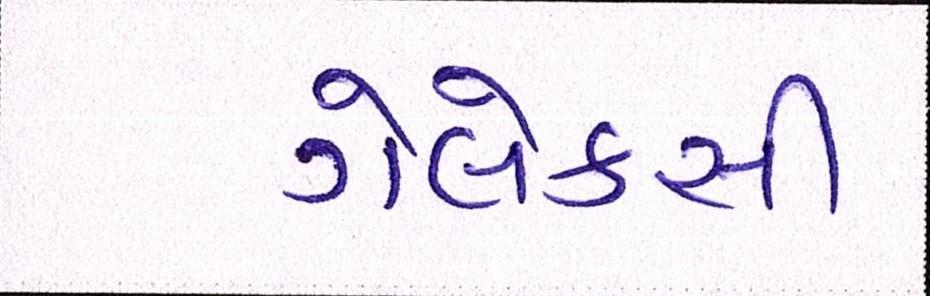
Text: ગેલેક્સી